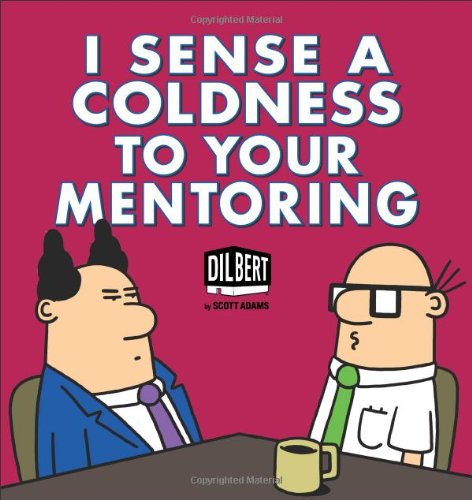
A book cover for I Sense a Coldness to Your Mentoring: A Dilbert Book; Scott Adams; Humor & Entertainment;